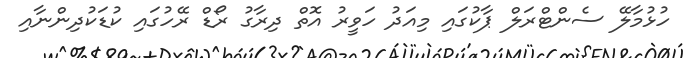
ހުޅުމާލޭ ސެންޓްރަލް ޕާކުގައި މިއަދު ހަވީރު އޮތް ދިރާގު ރޯޑް ރޭހުގައި ކުޑަކުދިންނާއި